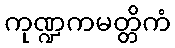
ကုဏ္ဍကမတ္တိကံ